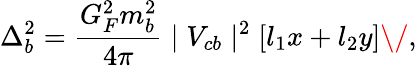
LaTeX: \Delta_{b}^{2}=\frac{G_{F}^{2}m_{b}^{2}}{4\pi}\mid V_{cb}\mid^{2}[l_{1}x+l_{2}y]\/ ,